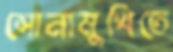
সোনামুখিতে